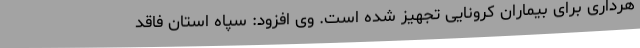
هرداری برای بیماران کرونایی تجهیز شده است. وی افزود: سپاه استان فاقد